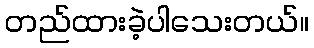
တည်ထားခဲ့ပါသေးတယ်။